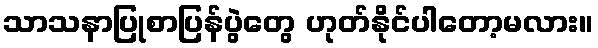
သာသနာပြုစာပြန်ပွဲတွေ ဟုတ်နိုင်ပါတော့မလား။